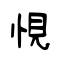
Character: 悓